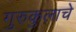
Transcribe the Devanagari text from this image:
गुरुकुलाचे